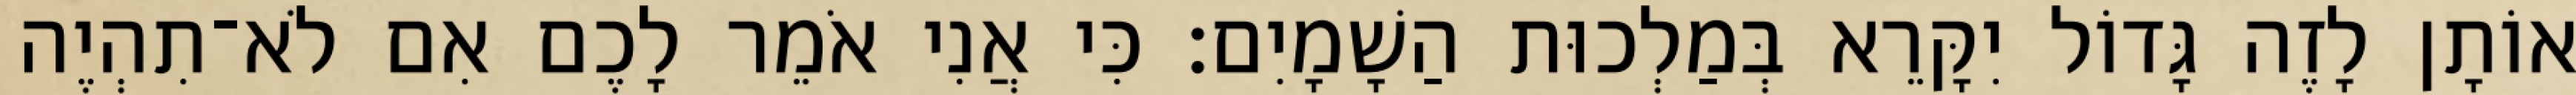
אוֹתָן לָזֶה גָּדוֹל יִקָּרֵא בְּמַלְכוּת הַשָׁמָיִם׃ כִּי אֲנִי אֹמֵר לָכֶם אִם לֹא־תִהְיֶה